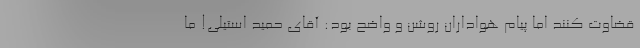
قضاوت کنند اما پیام هواداران روشن و واضح بود: آقای حمید استیلی‌! ما